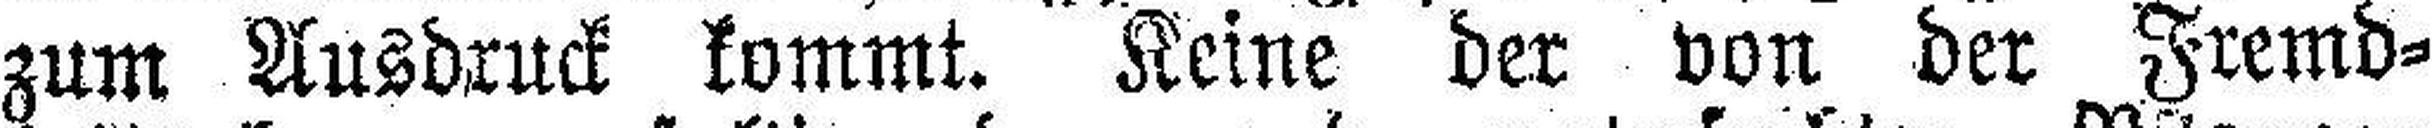
zum Ausdruck kommt. Keine der von der Fremd¬